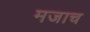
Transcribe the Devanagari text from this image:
मजाच